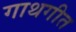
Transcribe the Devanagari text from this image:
गाथगीत